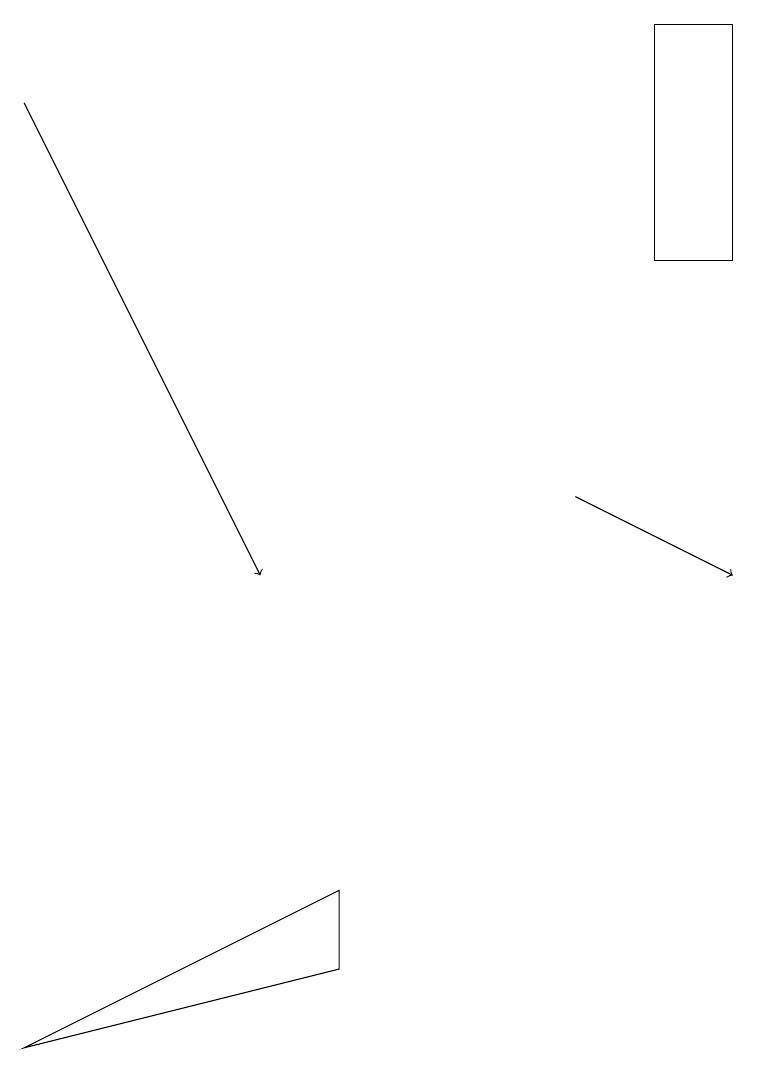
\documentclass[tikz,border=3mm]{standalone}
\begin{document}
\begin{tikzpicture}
\draw (4,7) -- (4,8) -- (0,6) -- cycle;
\draw[->] (7,13) -- (9,12);
\draw[->] (0,18) -- (3,12);
\draw (9,19) rectangle (8,16);
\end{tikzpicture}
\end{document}